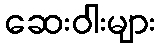
ဆေးဝါးများ